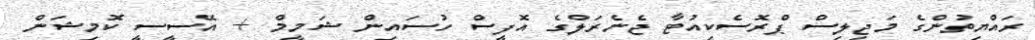
ރައްޔިތުންގެ މަޖިލިސް ޕްރޮސެކިއުޓާ ޖެނެރަލްގެ އޮފީސް ހުސައިން ޝަމީމް + އޭސީސީ ކޮމިޝަން